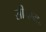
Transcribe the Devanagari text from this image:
सी॰एम॰